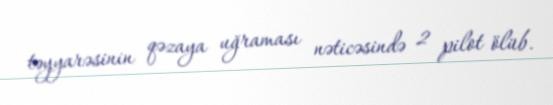
təyyarəsinin qəzaya uğraması nəticəsində 2 pilot ölüb.